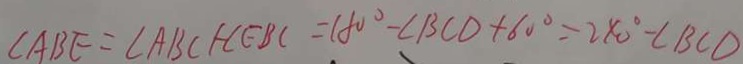
\angle A B E = \angle A B C + \angle E B C = 1 8 0 ^ { \circ } - \angle B C D + 6 0 ^ { \circ } = 2 4 0 ^ { \circ } - \angle B C D